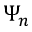
\Psi _ { n }